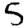
Digit: 5